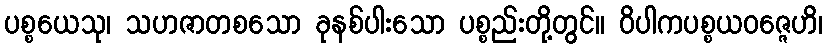
ပစ္စယေသု၊ သဟဇာတစသော ခုနစ်ပါးသော ပစ္စည်းတို့တွင်။ ဝိပါကပစ္စယဝဇ္ဇေဟိ၊